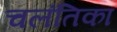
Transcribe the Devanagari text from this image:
चलंतिका